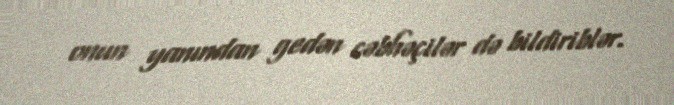
onun yanından gedən cəbhəçilər də bildiriblər.